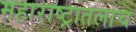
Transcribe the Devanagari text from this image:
महाराष्ट्रातलाच